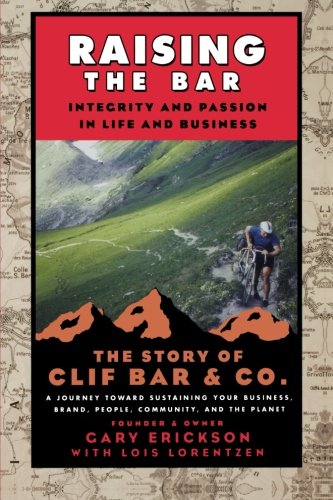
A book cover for Raising the Bar: Integrity and Passion in Life and Business: The Story of Clif Bar Inc.; Gary Erickson; Business & Money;